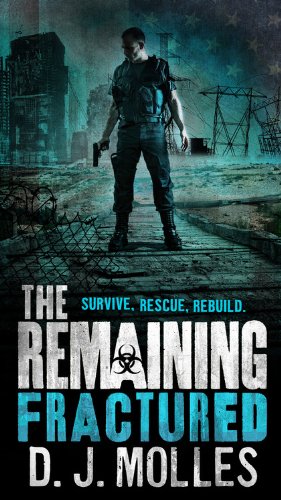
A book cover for The Remaining: Fractured; D.J. Molles; Mystery, Thriller & Suspense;